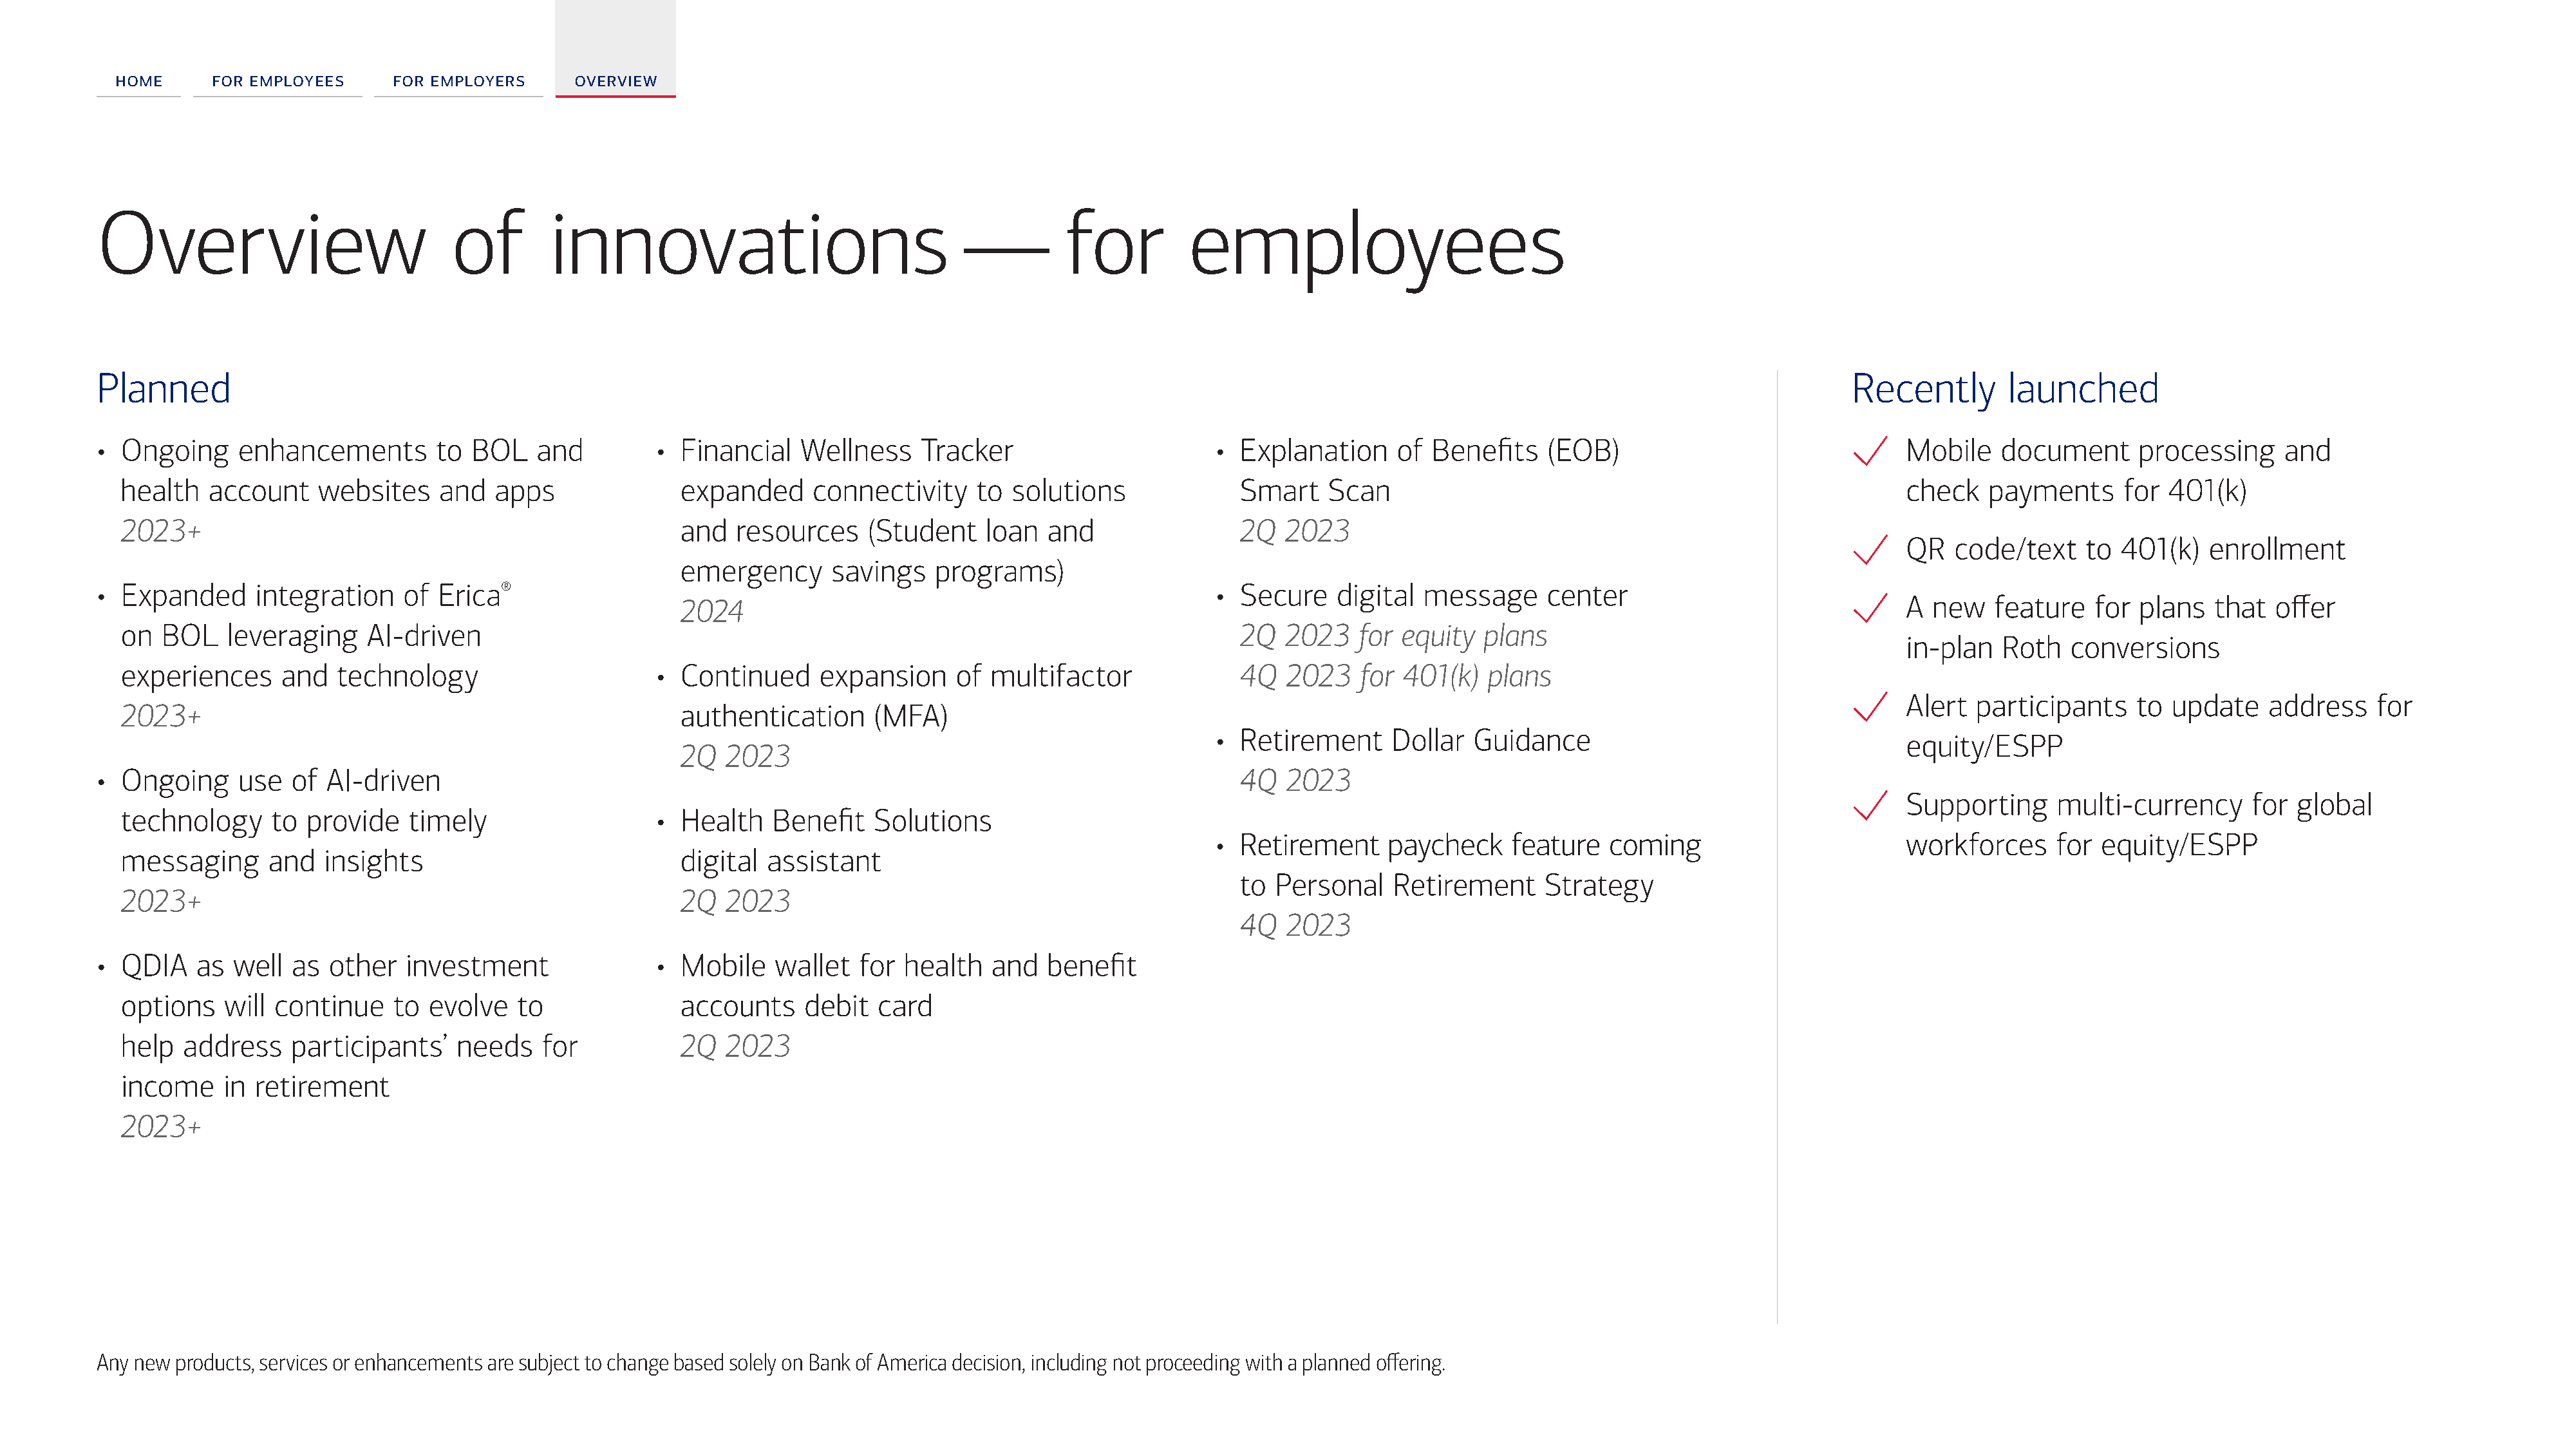
home      for employees     for employers      overview
 Overview                            of        innovations                                —         for          employees
 Planned                                                                                                                                                                             Recently        launched
 • Ongoing     enhancements         to BOL    and         •  Financial   Wellness     Tracker                       • Explanation      of Benefits    (EOB)                                Mobile    document      processing     and
 health   account     websites    and   apps               expanded      connectivity    to  solutions              Smart     Scan                                                       check   payments      for  401(k)
 2023+                                                     and   resources    (Student    loan   and                2Q   2023
 QR   code/text    to  401(k)   enrollment
 emergency      savings    programs)
 • Expanded      integration    of  Erica®                                                                          • Secure    digital  message      center
 A  new   feature   for  plans   that  offer
 2024
 on   BOL   leveraging     AI-driven                                                                                2Q   2023    for equity   plans
 in-plan   Roth   conversions
 experiences      and   technology                      •  Continued     expansion     of  multifactor              4Q   2023    for 401(k)   plans
 Alert  participants     to update    address    for
 2023+                                                     authentication      (MFA)
 • Retirement      Dollar  Guidance
 equity/ESPP
 2Q   2023
 • Ongoing     use   of  AI-driven                                                                                    4Q   2023
 Supporting     multi-currency      for  global
 technology      to provide    timely                   •  Health   Benefit    Solutions
 • Retirement      paycheck    feature   coming                         workforces     for  equity/ESPP
 messaging       and  insights                             digital  assistant
 to  Personal    Retirement      Strategy
 2023+                                                     2Q   2023
 4Q   2023
 • QDIA    as  well  as  other   investment               •  Mobile    wallet  for  health   and   benefit
 options    will continue    to  evolve   to               accounts     debit  card
 help   address    participants’    needs    for           2Q   2023
 income     in retirement
 2023+
 Any new products, services or enhancements are subject to change based solely on Bank of America decision, including not proceeding with a planned offering.